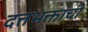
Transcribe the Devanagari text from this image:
दत्तभक्तांची